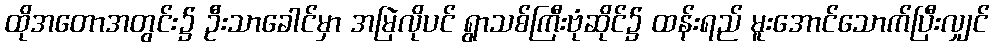
ထိုအတောအတွင်း၌ ဦးသာခေါင်မှာ အမြဲလိုပင် ရွာသစ်ကြီးဗုံဆိုင်၌ ထန်းရည် မူးအောင်သောက်ပြီးလျှင်